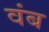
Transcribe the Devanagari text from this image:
वंब